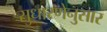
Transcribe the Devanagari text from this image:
सुधारणेनुसार